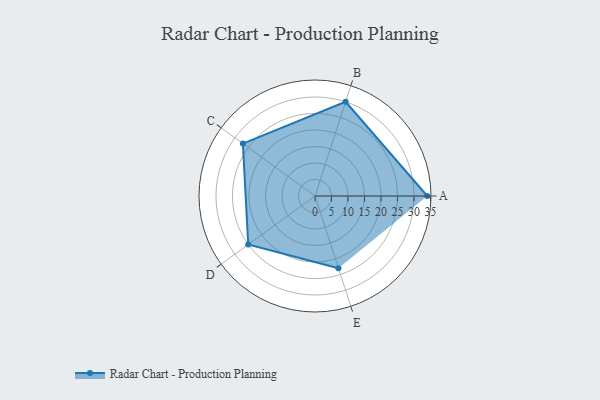
{"axis": {"x": "Skill", "y": "Score"}, "legend": ["Profile"], "data": [{"x": "A", "y": 34.0, "type": "Profile"}, {"x": "B", "y": 30.0, "type": "Profile"}, {"x": "C", "y": 27.0, "type": "Profile"}, {"x": "D", "y": 25.0, "type": "Profile"}, {"x": "E", "y": 23.0, "type": "Profile"}]}